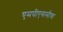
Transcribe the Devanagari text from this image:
एमपीएससीचा